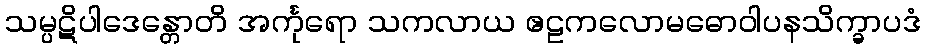
သမ္ပဋိပါဒေန္တောတိ အင်္ကုရော သကလာယ ဧဠကလောမဓောဝါပနသိက္ခာပဒံ